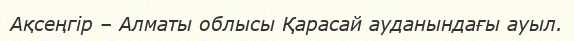
Ақсеңгір – Алматы облысы Қарасай ауданындағы ауыл.